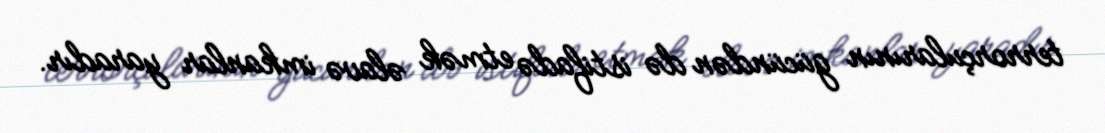
terrorçularının gücündən də istifadə etmək əlavə imkanlar yaradır.